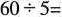
$$60\div5=$$